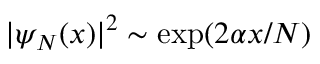
| \psi _ { N } ( x ) | ^ { 2 } \sim \exp ( 2 \alpha x / N )